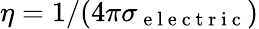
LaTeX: \eta=1/(4\pi\sigma_{\mathrm{~e~l~e~c~t~r~i~c~}})